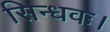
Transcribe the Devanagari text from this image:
सिन्धवः।